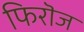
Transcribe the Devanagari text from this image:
फिरॊज